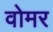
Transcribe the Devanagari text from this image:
वोमर